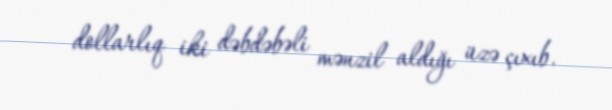
dollarlıq iki dəbdəbəli mənzil aldığı üzə çıxıb.